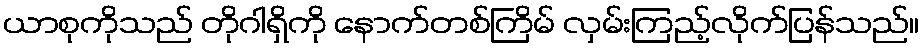
ယာစုကိုသည် တိုဂါရှိကို နောက်တစ်ကြိမ် လှမ်းကြည့်လိုက်ပြန်သည်။